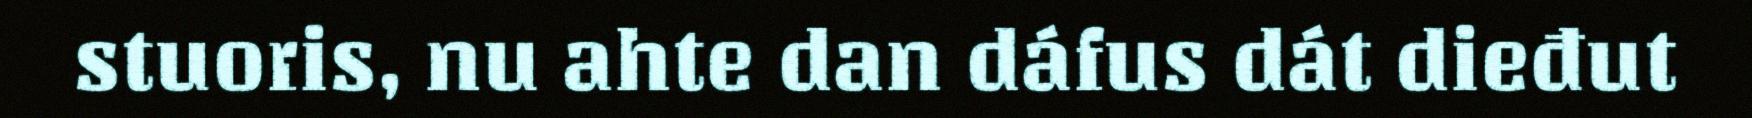
stuoris, nu ahte dan dáfus dát dieđut